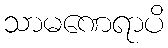
သာမဏေရာပိ